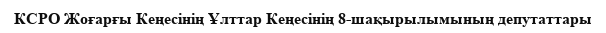
КСРО Жоғарғы Кеңесінің Ұлттар Кеңесінің 8-шақырылымының депутаттары